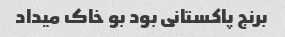
برنج پاکستانی بود بو خاک میداد